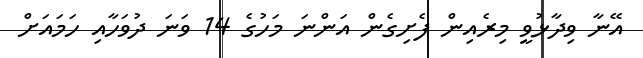
އޭނާ ވިދާޅުވީ މިރެއިން ފެށިގެން އަންނަ މަހުގެ 14 ވަނަ ދުވަހާއި ހަމައަށް